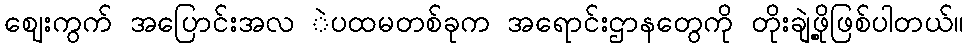
ဈေးကွက် အပြောင်းအလ ဲပထမတစ်ခုက အရောင်းဌာနတွေကို တိုးချဲ့ဖို့ဖြစ်ပါတယ်။